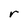
Character: r